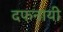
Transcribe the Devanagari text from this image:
दफनायी